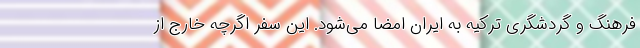
فرهنگ و گردشگری ترکیه به ایران امضا می‌شود. این سفر اگرچه خارج از